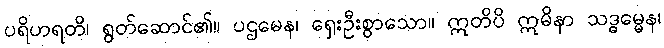
ပရိဟရတိ၊ ရွတ်ဆောင်၏။ ပဌမေန၊ ရှေးဦးစွာသော။ ဣတိပိ ဣမိနာ သဒ္ဓမ္မေန၊